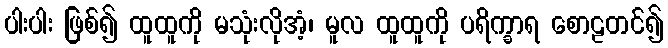
ပါးပါး ဖြစ်၍ ထူထူကို မသုံးလိုအံ့၊ မူလ ထူထူကို ပရိက္ခာရ စောဠတင်၍